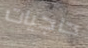
حاجيات